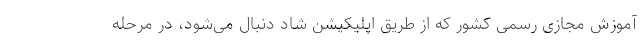
آموزش مجازی رسمی کشور که از طریق اپلیکیشن شاد دنبال می‌شود، در مرحله